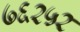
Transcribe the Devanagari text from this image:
७६२५२